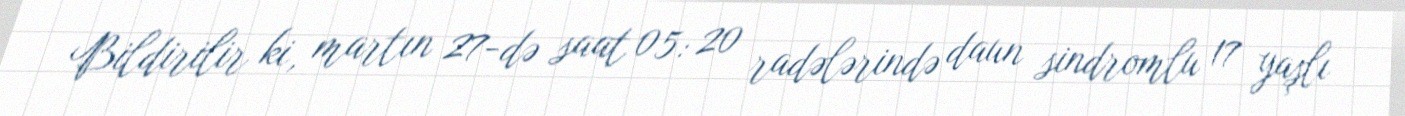
Bildirilir ki, martın 27-də saat 05: 20 radələrində daun sindromlu 17 yaşlı